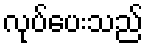
လုပ်ပေးသည်